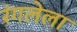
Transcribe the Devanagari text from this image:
रंगलेला